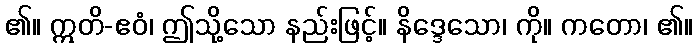
၏။ ဣတိ-ဧဝံ၊ ဤသို့သော နည်းဖြင့်။ နိဒ္ဒေသော၊ ကို။ ကတော၊ ၏။